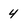
Character: 4